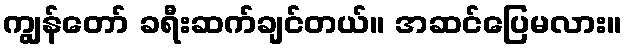
ကျွန်တော် ခရီးဆက်ချင်တယ်။ အဆင်ပြေမလား။